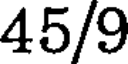
45/9